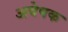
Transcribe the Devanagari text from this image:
अवेषक